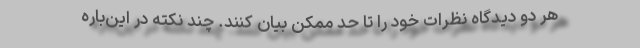
هر دو دیدگاه نظرات خود را تا حدّ ممکن بیان کنند. چند نکته در این‌باره